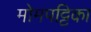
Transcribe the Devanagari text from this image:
मोमपट्टिका